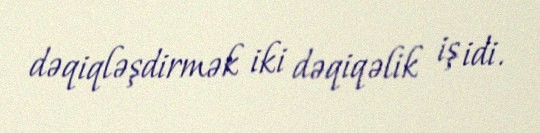
dəqiqləşdirmək iki dəqiqəlik iş idi.